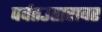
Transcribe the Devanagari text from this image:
पर्वतउतारावर